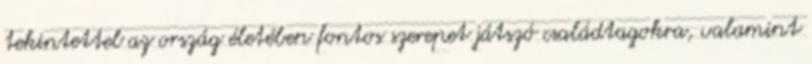
tekintettel az ország életében fontos szerepet játszó családtagokra, valamint